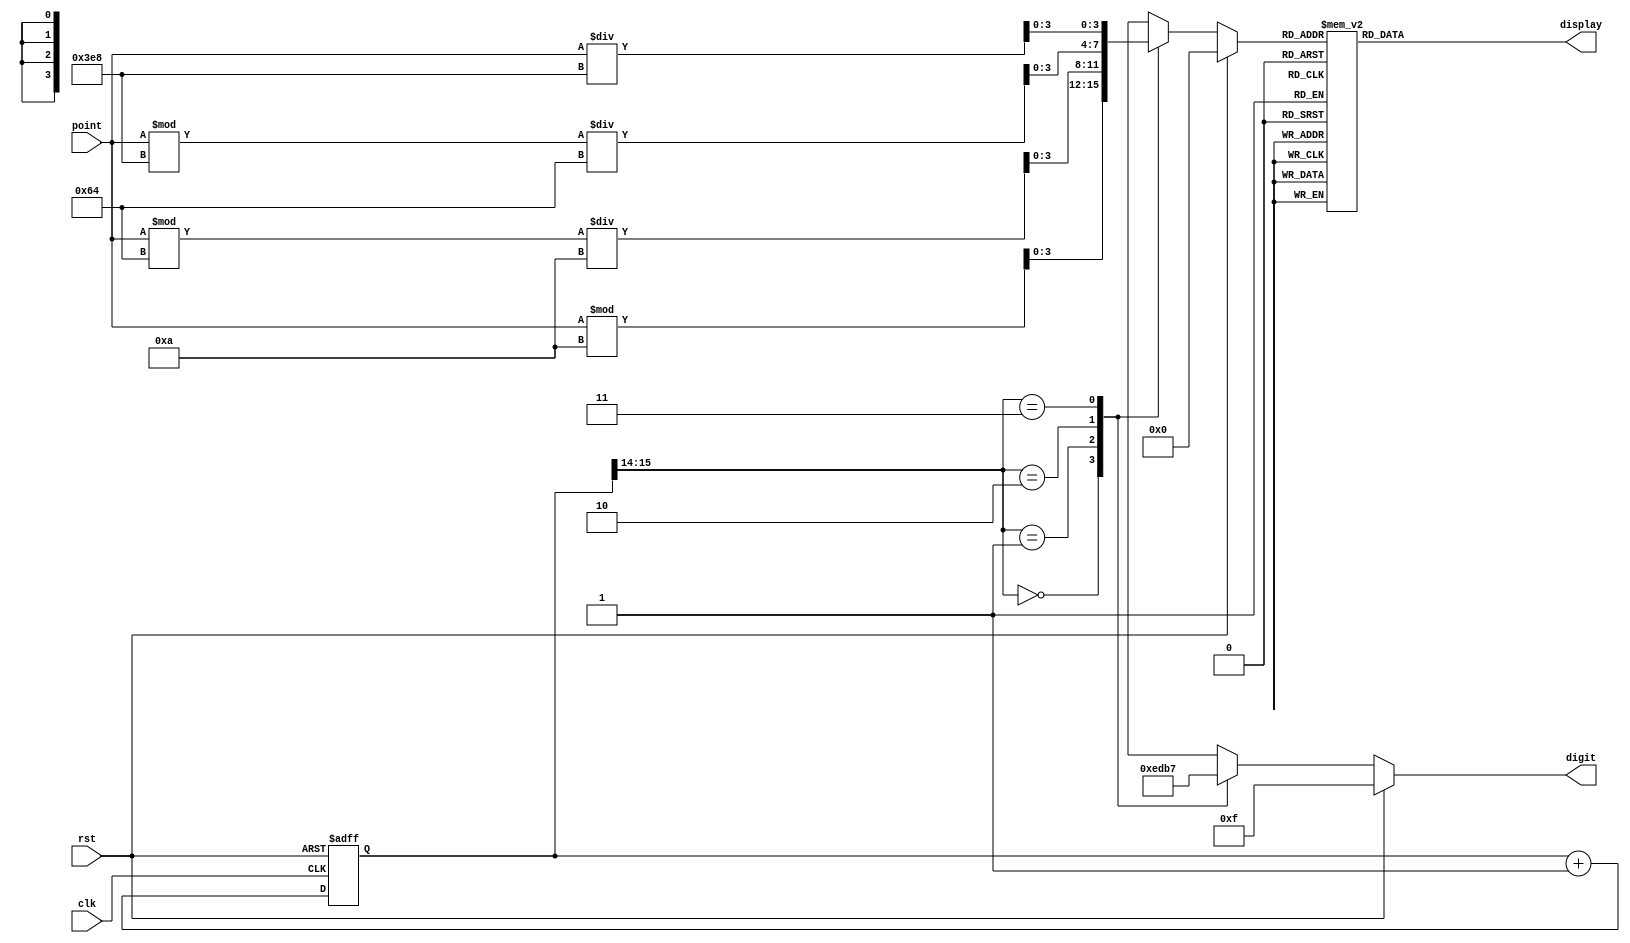
module SevenSegment(
	output reg [6:0] display,
	output reg [3:0] digit,
	input wire rst,
	input wire clk,
    input wire [11:0] point
    );
    
    reg [15:0] clk_divider;
    reg [3:0] display_num;
    
    always @ (posedge clk, posedge rst) begin
    	if (rst) begin
    		clk_divider <= 15'b0;
    	end else begin
    		clk_divider <= clk_divider + 15'b1;
    	end
    end
    
    always @ (*) begin
    	if (rst) begin
    		display_num <= 4'b0000;
    		digit <= 4'b1111;
    	end else begin
    		case (clk_divider[15:14])
    			2'b00 : begin
                        display_num<=point%10;
    					digit <= 4'b1110;
    				end
    			2'b01 : begin
                        display_num<=(point%100)/10;
						digit <= 4'b1101;
					end
    			2'b10 : begin
                        display_num<=(point%1000)/100;
						digit <= 4'b1011;
					end
    			2'b11 : begin
                        display_num<=point/1000;                        
						digit <= 4'b0111;
					end
    			default : begin
                        display_num<=4'b0000;
						digit <= 4'b1110;
					end				
    		endcase
    	end
    end
    
    always @ (*) begin
    	case (display_num)
    		0 : display = 7'b1000000;	//0000
			1 : display = 7'b1111001;   //0001                                                
			2 : display = 7'b0100100;   //0010                                                
			3 : display = 7'b0110000;   //0011                                             
			4 : display = 7'b0011001;   //0100                                               
			5 : display = 7'b0010010;   //0101                                               
			6 : display = 7'b0000010;   //0110
			7 : display = 7'b1111000;   //0111
			8 : display = 7'b0000000;   //1000
			9 : display = 7'b0010000;	//1001
			10: display = 7'b0111111;   //-
			11: display = 7'b1111111;   //space
			default : display = 7'b1111111;
    	endcase
    end
    
endmodule